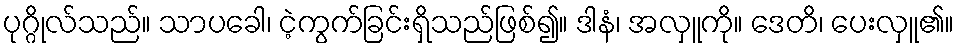
ပုဂ္ဂိုလ်သည်။ သာပခေါ၊ ငဲ့ကွက်ခြင်းရှိသည်ဖြစ်၍။ ဒါနံ၊ အလှူကို။ ဒေတိ၊ ပေးလှူ၏။